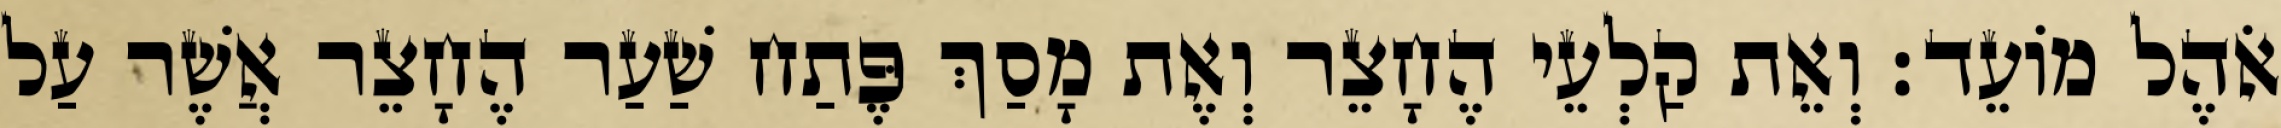
אֹהֶל מוֹעֵד׃ וְאֵת קַלְעֵי הֶחָצֵר וְאֶת מָסַךְ פֶּתַח שַׁעַר הֶחָצֵר אֲשֶׁר עַל